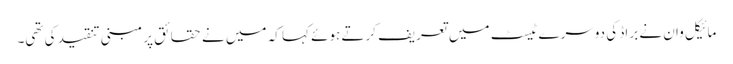
مائیکل وان نے براڈ کی دوسرے ٹیسٹ میں تعریف کرتے ہوئے کہا کہ میں نے حقائق پر مبنی تنقید کی تھی۔